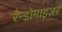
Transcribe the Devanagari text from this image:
रैन्डोमाइज़र